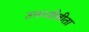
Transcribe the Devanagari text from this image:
उत्तरजीवीता